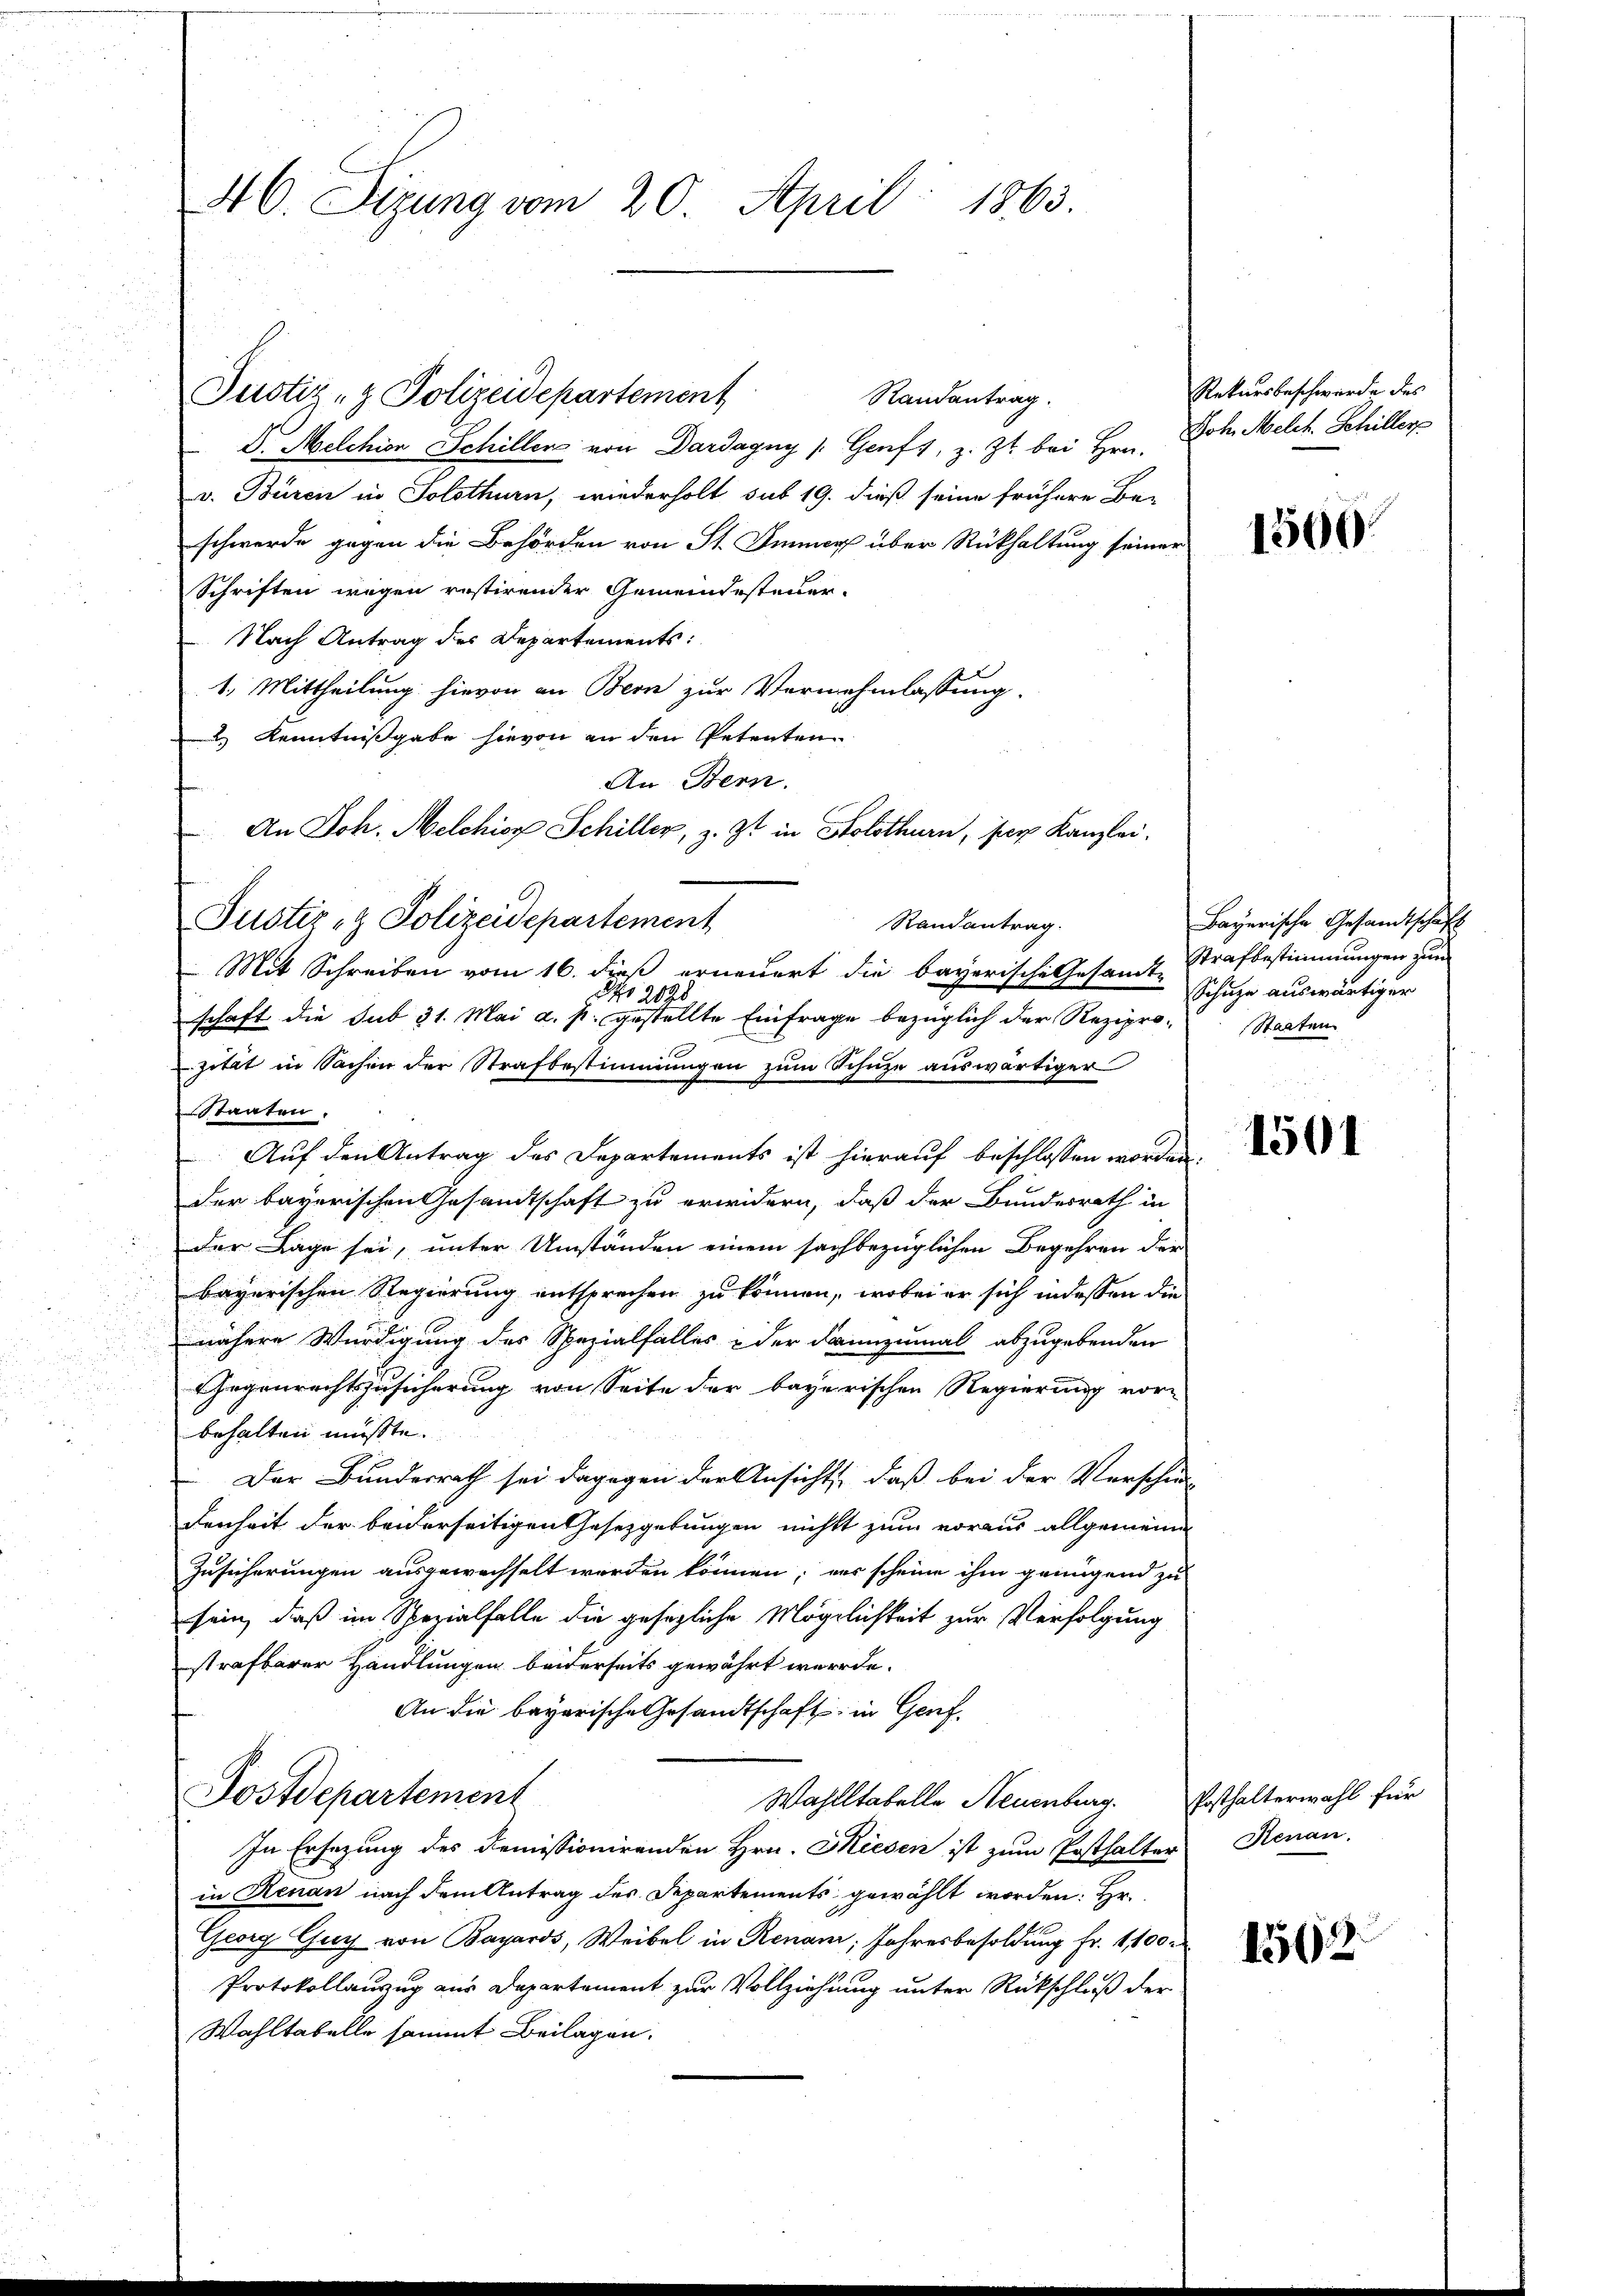
46. Sizung vom 20. April 1863.

Justiz- & Polizeidepartement

D. Melchion Schillen von Dardagny (Genft, z. Zt. bei Hrn. Joh. Melch. Schiller
v. Buren in Solothurn, wiederholt sub 19. dieß seine frühere Be-
schwerde gegen die Behörden von St. Immer über Rückhaltung seiner
Schriften wegen restirender Gemeindesteuer-
Nach Antrag des Departements:
1. Mittheilung hievon an Bern zur Vernehmlassung.
2.) Kenntnißgabe hievon an den Petenten
An Bern.
An Joh. Melchior Schiller, z. Zt. in Solothurn, per Kanzlei.
Mit Schreiben vom 16. dieß erneuert die bayerische Gesamt Strafbestimmungen zum
Nro 2028
schaft die sub 31. Mai a. p. gestellte Einfrage bezüglich der Rezipro-
Staaten.
Auf den Antrag des Departements ist hierauf beschlossen worden.
der bayerischen Gesandtschaft zu erwidern, daß der Bundesrath in
Der Lage sei, unter Umständen einem sachbezüglichen Begehren der
bayerischen Regierung entsprechen zu können, wobei er sich indessen die
nähere Würdigung des Spezialfalles der dannzumal abzugebenden
Gegenrechtszusicherung von Seite der bayerischen Regierung vor-
behalten müsste.
 Der Bundesrath sei dagegen der Ansicht, daß bei der Verschie
denheit der beiderseitigen Gesetzgebungen nichts zum voraus allgemeine
Zusicherungen ausgewachselt worden können; es scheine ihm genügend zu
sein, daß im Spezialfalle die gesezliche Möglichkeit zur Verfolgung
strafbarer Handlungen beiderseits gewährt wurde.
An die bayerische Gesandtschaft in Genf
Postdepartement
Wahlltabelle Neuenburg. Posthalterwahl für
In Ersetzung des Demissionirenden Hrn. Kiesen ist zum Posthalter
in Renau nach dem Antrag des Departements gewählt worden. Hr.
Georg Guy von Bayards, Weibel in Renam, Jahresbesoldung Fr. 1100.
Protokollauszug aus Departement zur Vollziehung unter Rückschluß der
Wahltabelle sammt Beilagen.

Justiz- & Polizeidepartement

zität in Sachen der Strafbestimmungen zum Schüze auswärtiger

Randantrag.

Randantrag.

Rekursbeschwerde des

1500

Bayerische Gesandtschaft
Schuze auswärtiger
Staaten

1501

Renau.

1562